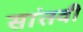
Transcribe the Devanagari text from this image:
सांतवी